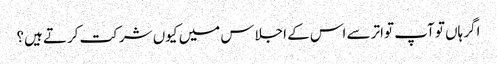
اگر ہاں تو آپ تواتر سے اس کے اجلاس میں کیوں شرکت کرتے ہیں؟